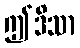
ဤဒိသာ